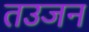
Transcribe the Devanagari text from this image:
तउजन